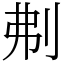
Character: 刜